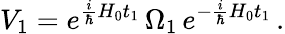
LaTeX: V_{1}=e^{\frac{i}{\hbar}H_{0}t_{1}}\, \Omega_{1}\, e^{-\frac{i}{\hbar}H_{0}t_{1}}\, .